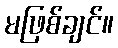
မဖြစ်ချင်။